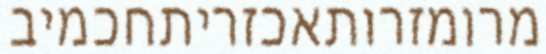
מרומזרותאכזריתחכמיב